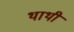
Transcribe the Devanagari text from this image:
थाथी